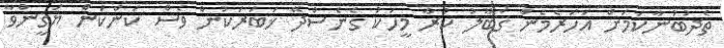
ތެދުބުނާކަމަށް އަހަރެމެން ޤަބޫލު ކުރާ މީހަކު ގެނެސްދޭ ޚަބަރަކުން ވެސް ކަންކަން ޔަޤީންވާ